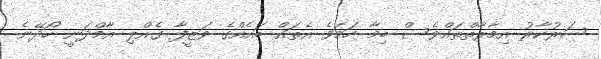
ސަރުކާރު އިމާރާތްތައްވެސް ބިމާ ހަމަވެ އެތައް ބައެއްގެ ވަޒީފާ ގެއްލި އާމްދަނީ ހޯދޭނެ